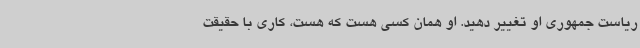
ریاست جمهوری او تغییر دهید. او همان کسی هست که هست، کاری با حقیقت